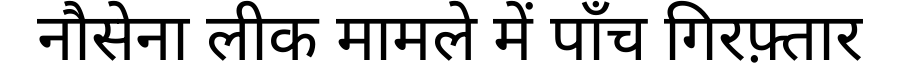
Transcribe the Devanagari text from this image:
नौसेना लीक मामले में पाँच गिरफ़्तार